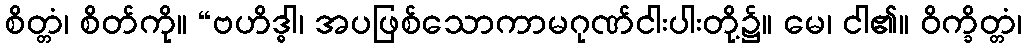
စိတ္တံ၊ စိတ်ကို။ “ဗဟိဒ္ဓါ၊ အပဖြစ်သောကာမဂုဏ်ငါးပါးတို့၌။ မေ၊ ငါ၏။ ဝိက္ခိတ္တံ၊